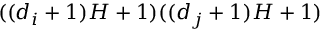
( ( d _ { i } + 1 ) H + 1 ) ( ( d _ { j } + 1 ) H + 1 )